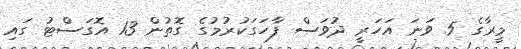
މީރާގެ 5 ވަނަ އަހަރީ ދުވަސް ފާހަގަކުރުމުގެ ގޮތުން 13 އޮގަސްޓު ގައި